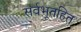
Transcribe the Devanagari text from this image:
सर्वभूतहित